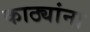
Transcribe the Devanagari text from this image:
काठ्यांना